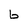
Character: b